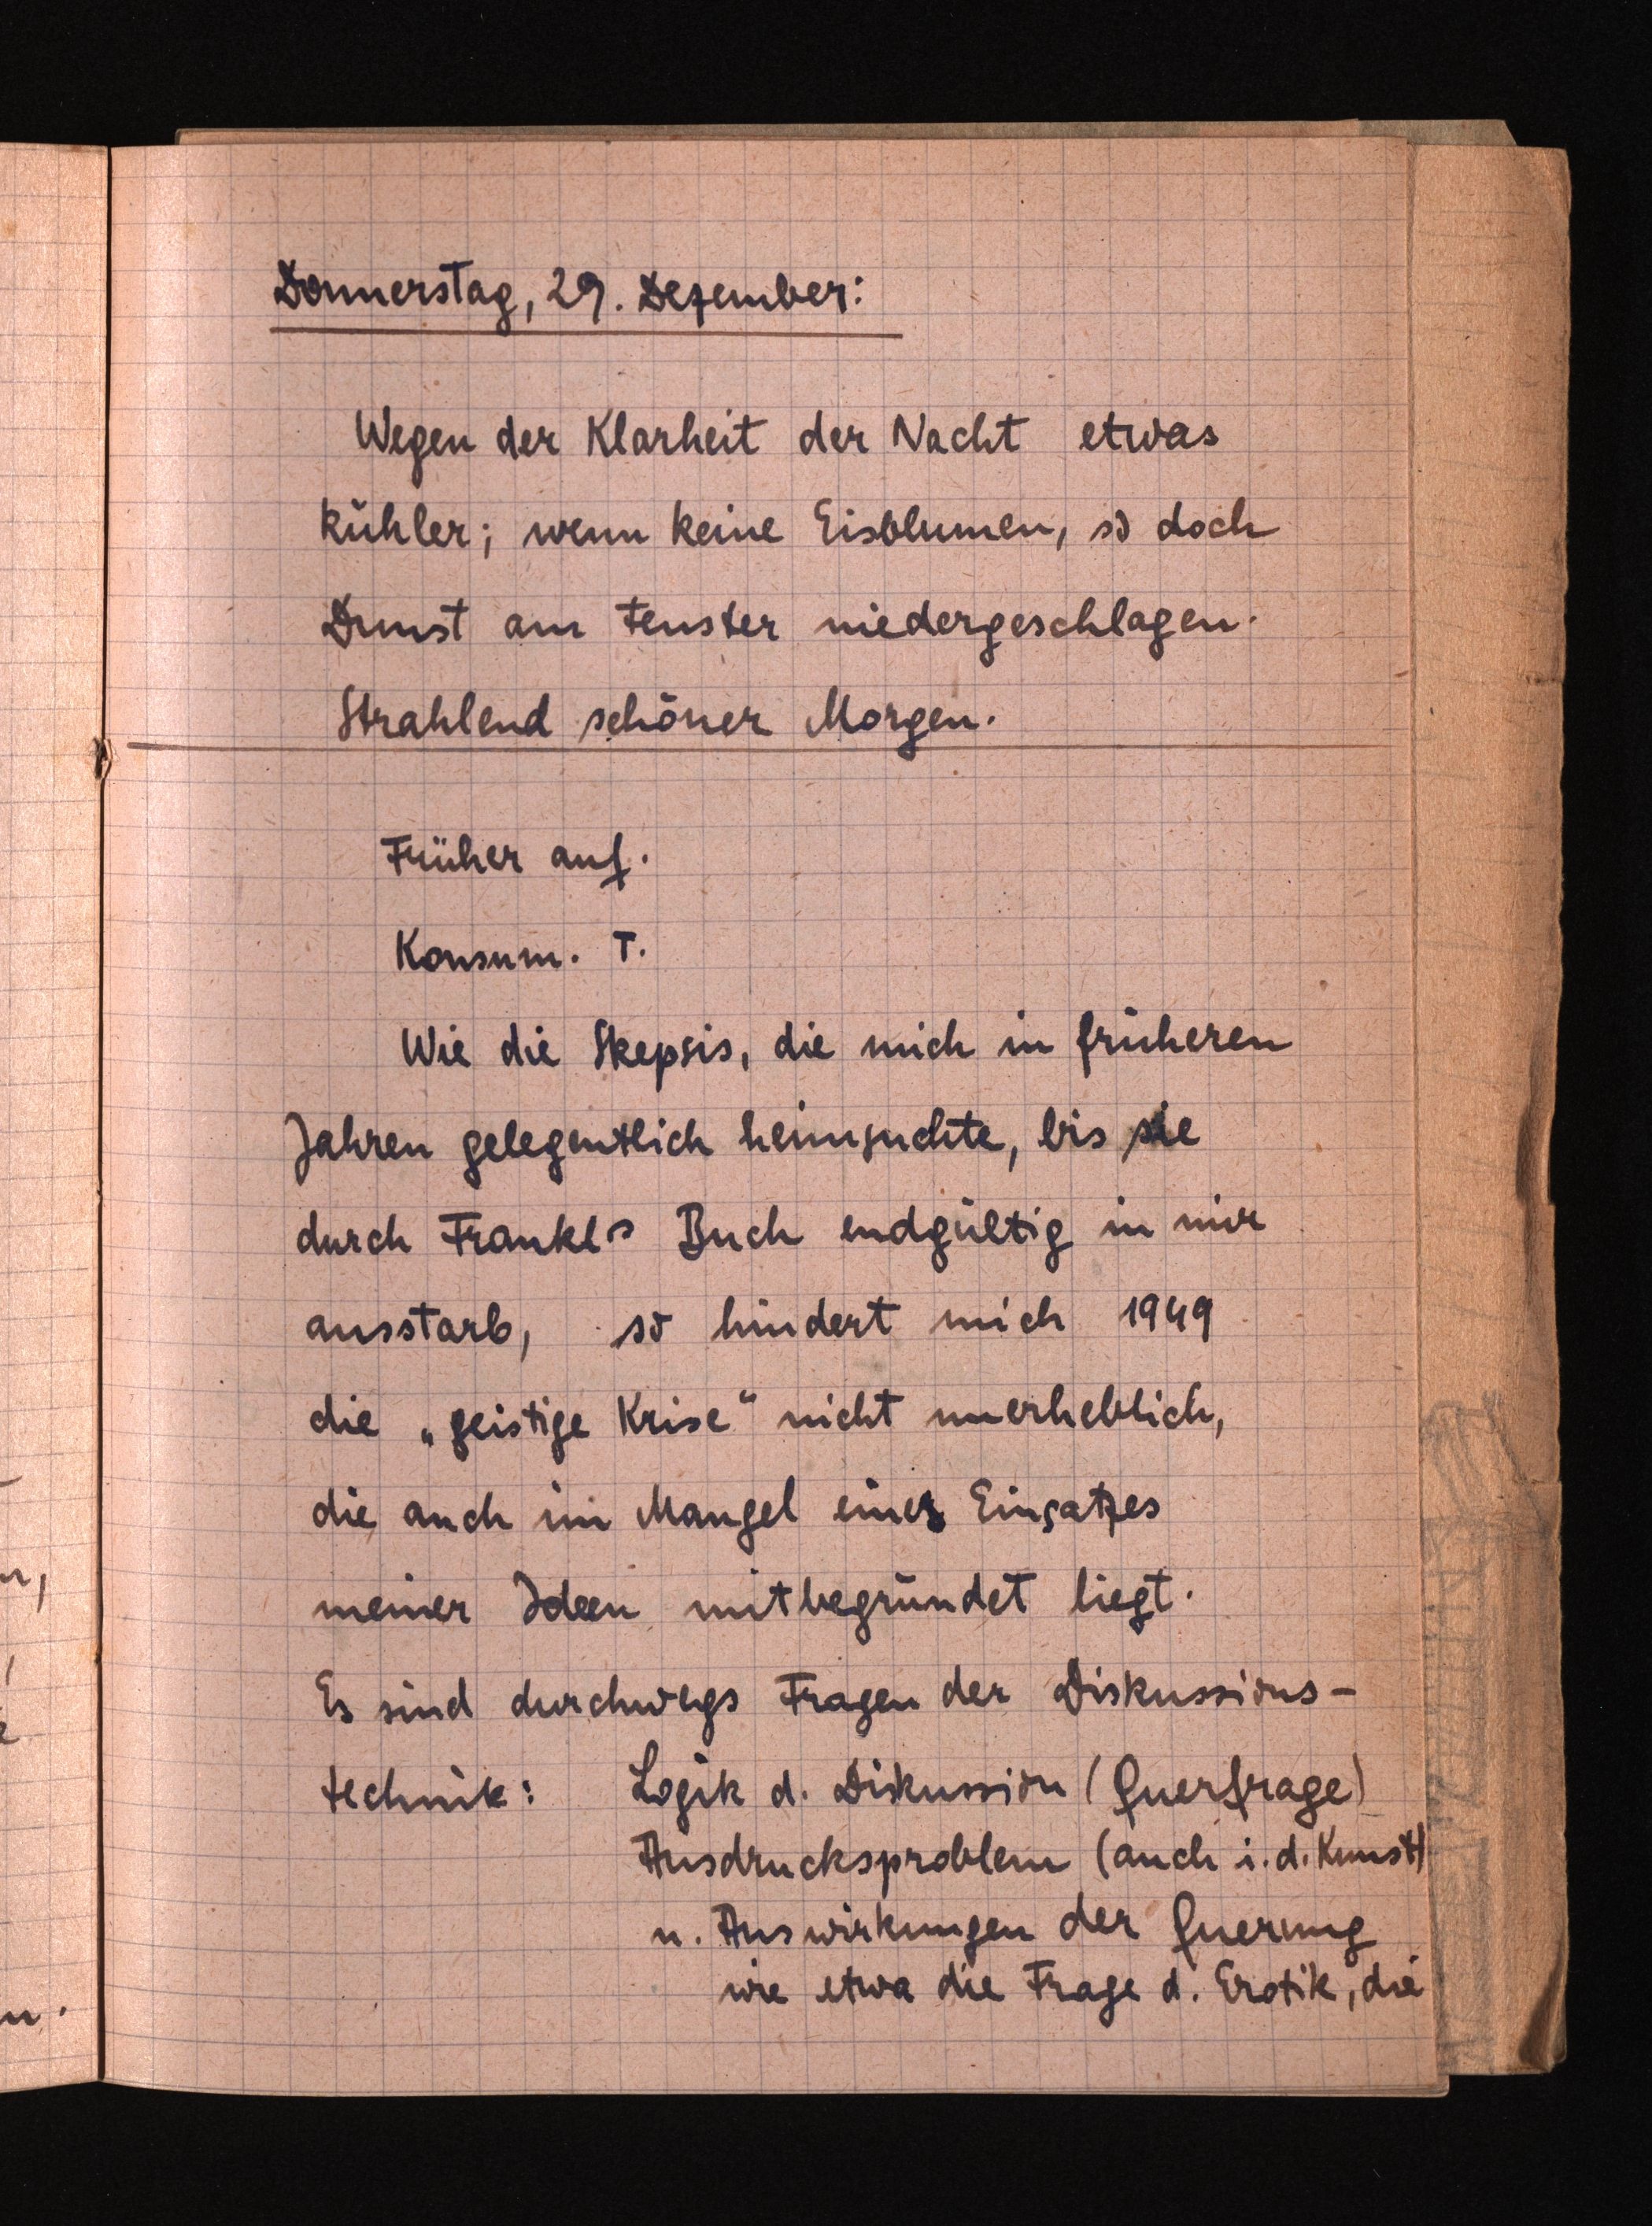
Donnerstag, 29.Dezember:
Wegen der Klarheit der Nacht etwas
kühler; wenn keine Eisblumen, so doch
Dunst am Fenster niedergeschlagen.
Strahlend schöner Morgen.
Früher auf.
Konsum. T.
Wie die Skepsis, die mich in früheren
Jahren gelegentlich heimsuchte, bissie
durch Frankls Buch endgültig in mir
ausstarb, so hindert mich 1949
die "geistige Krise" nicht unerheblich,
die auch im Mangel eines Einsatzes
meiner Ideen mitbegründetliegt.
Es sind durchwegs Fragen der Diskussions¬
technik: Logik d. Diskussion (Querfrage)
Ausdrucksproblem (auch i. d. Kunst)
u. Auswirkungen der Querung
wieetwa die Frage d. Erotik, die